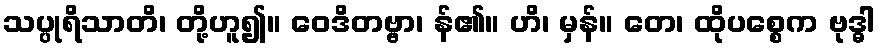
သပ္ပုရိသာတိ၊ တို့ဟူ၍။ ဝေဒိတဗ္ဗာ၊ န်၏။ ဟိ၊ မှန်။ တေ၊ ထိုပစ္စေက ဗုဒ္ဓါ